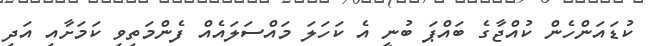
ކުޑައަންހެން ކުއްޖާގެ ބައްޕަ ބުނީ އެ ކަހަލަ މައްސަލައެއް ފެންމަތިވި ކަމަށާއި އަދި